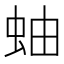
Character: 蚰